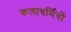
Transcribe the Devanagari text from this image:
कलाधर्मियों